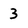
Character: 3